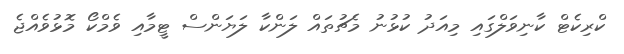
ކްރިކެޓް ކާނިވަލްގައި މިއަދު ކުޅުނު މެޗުތައް ލަންކާ ލަޔަންސް ޓީމާއި ވެމްކޯ މޮޅުވެއްޖެ